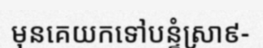
មុនគេយកទៅបន្ទំស្រា៩-